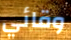
وقائي